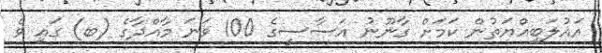
އަޣުލަބިއްޔަތުން ކަމަށް ގާނޫނު އަސާސީގެ 100 ވަނަ މާއްދާގެ (ބ) ގައި ވެ